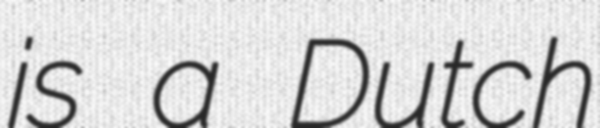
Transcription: is a Dutch